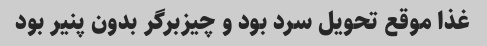
غذا موقع تحویل سرد بود و چیزبرگر بدون پنیر بود